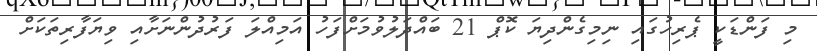
މި ފަންޑަކީ ޕެރިހުގައި ނިމިގެންދިޔަ ކޮޕް 21 ބައްދަލުވުމަށްފަހު އަމިއްލަ ފަރުދުންނަށާއި ވިޔަފާރިތަކަށް